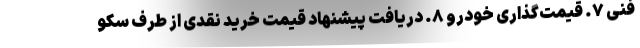
فنی ۷. قیمت‌گذاری خودرو ۸. دریافت پیشنهاد قیمت خرید نقدی از طرف سکو